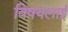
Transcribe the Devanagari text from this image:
विषयलाई